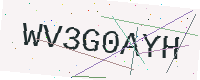
Text: WV3G0AYH